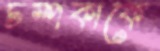
চম্পকাকে